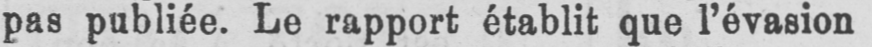
pas publiée. Le rapport établit que l’évasion